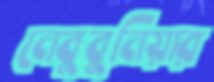
নেবুবুনিয়ার